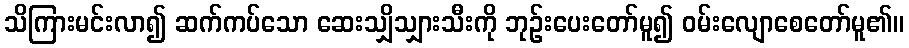
သိကြားမင်းလာ၍ ဆက်ကပ်သော ဆေးသျှိသျှားသီးကို ဘုဉ်းပေးတော်မူ၍ ဝမ်းလျောစေတော်မူ၏။